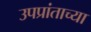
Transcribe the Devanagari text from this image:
उपप्रांताच्या